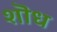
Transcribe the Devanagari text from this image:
शॊध